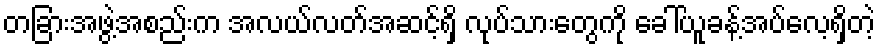
တခြားအဖွဲ့အစည်းက အလယ်လတ်အဆင့်ရှိ လုပ်သားတွေကို ခေါ်ယူခန့်အပ်လေ့ရှိတဲ့